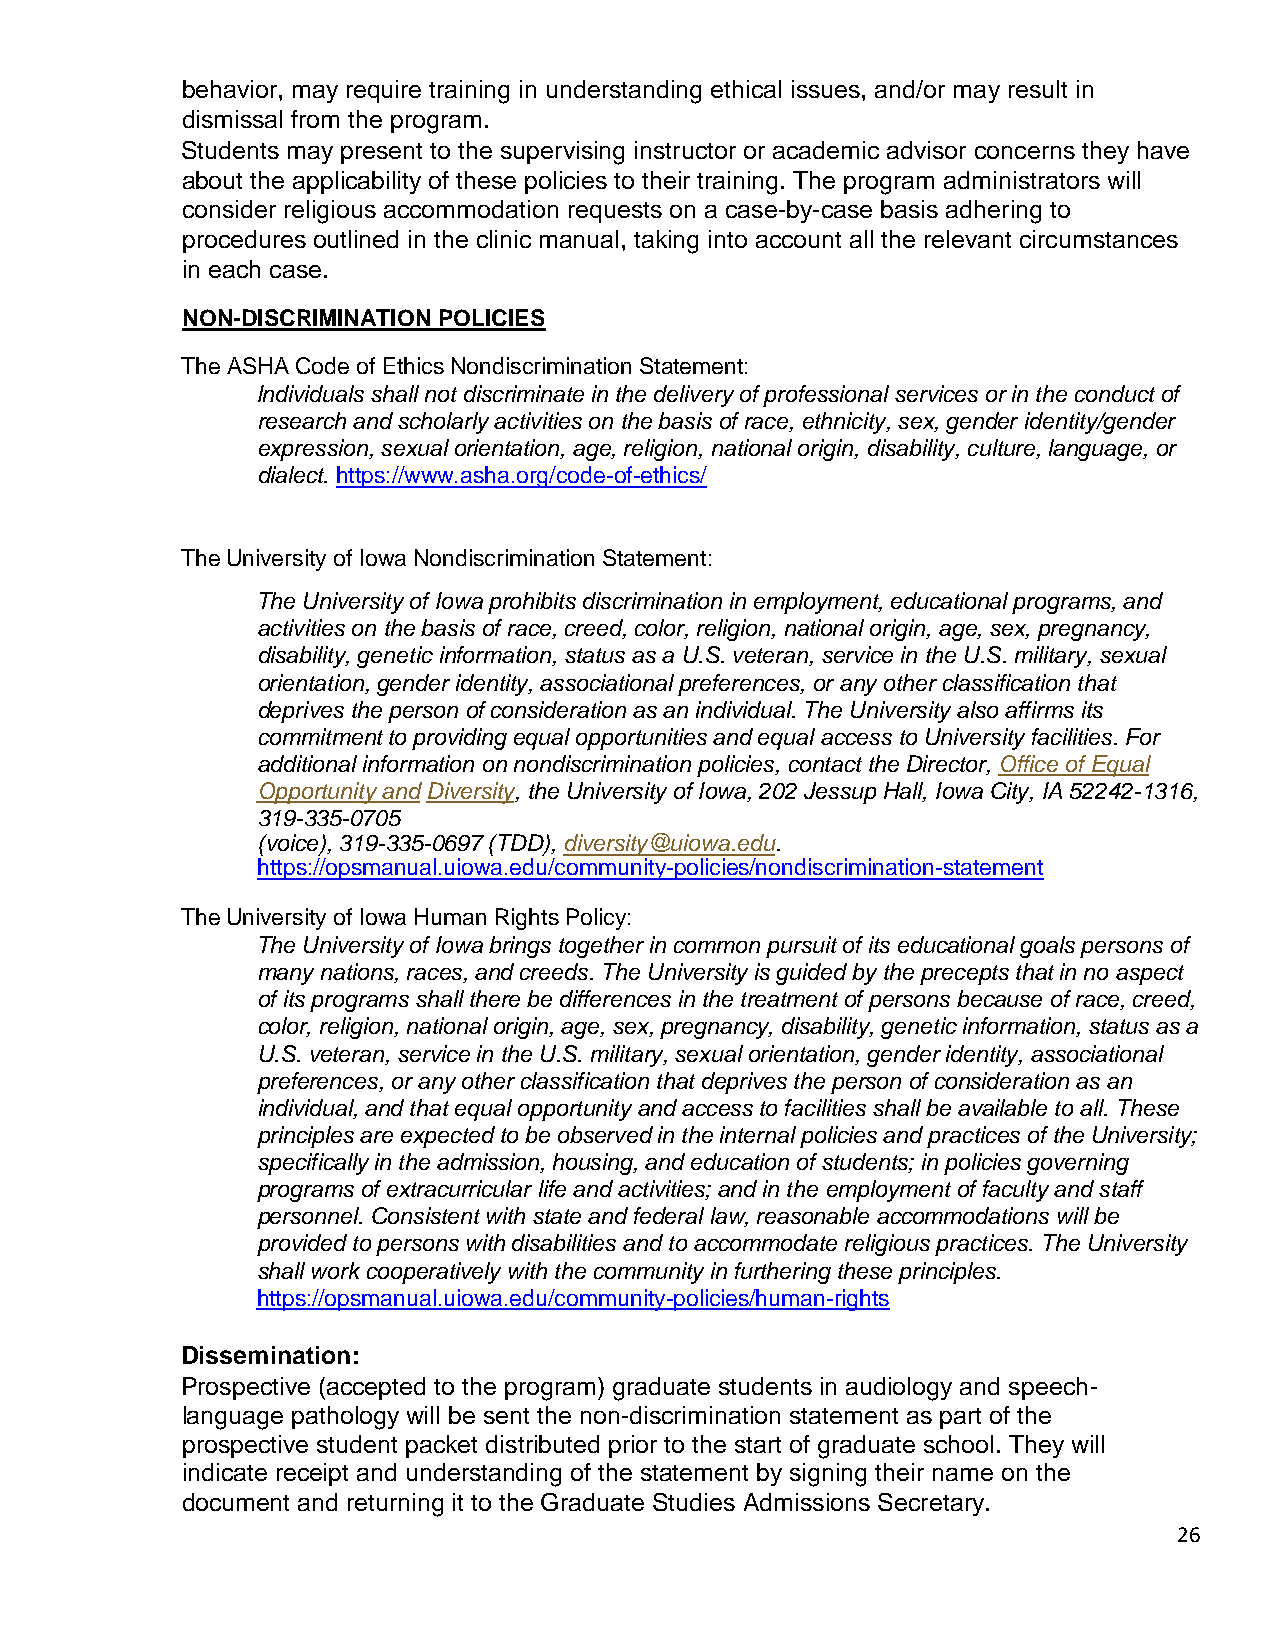
behavior, may require training in understanding ethical issues, and/or may result in
 dismissal from the program.
 Students may present to the supervising instructor or academic advisor concerns they have
 about the applicability of these policies to their training. The program administrators will
 consider religious accommodation requests on a case-by-case basis adhering to
 procedures outlined in the clinic manual, taking into account all the relevant circumstances
 in each case.
 NON-DISCRIMINATION POLICIES
 The ASHA Code of Ethics Nondiscrimination Statement:
 Individuals shall not discriminate in the delivery of professional services or in the conduct of
 research and scholarly activities on the basis of race, ethnicity, sex, gender identity/gender
 expression, sexual orientation, age, religion, national origin, disability, culture, language, or
 dialect. https://www.asha.org/code-of-ethics/
 The University of Iowa Nondiscrimination Statement:
 The University of Iowa prohibits discrimination in employment, educational programs, and
 activities on the basis of race, creed, color, religion, national origin, age, sex, pregnancy,
 disability, genetic information, status as a U.S. veteran, service in the U.S. military, sexual
 orientation, gender identity, associational preferences, or any other classification that
 deprives the person of consideration as an individual. The University also affirms its
 commitment to providing equal opportunities and equal access to University facilities. For
 additional information on nondiscrimination policies, contact the Director, Office of Equal
 Opportunity and Diversity, the University of Iowa, 202 Jessup Hall, Iowa City, IA 52242-1316,
 319-335-0705
 (voice), 319-335-0697 (TDD), diversity@uiowa.edu.
 https://opsmanual.uiowa.edu/community-policies/nondiscrimination-statement
 The University of Iowa Human Rights Policy:
 The University of Iowa brings together in common pursuit of its educational goals persons of
 many nations, races, and creeds. The University is guided by the precepts that in no aspect
 of its programs shall there be differences in the treatment of persons because of race, creed,
 color, religion, national origin, age, sex, pregnancy, disability, genetic information, status as a
 U.S. veteran, service in the U.S. military, sexual orientation, gender identity, associational
 preferences, or any other classification that deprives the person of consideration as an
 individual, and that equal opportunity and access to facilities shall be available to all. These
 principles are expected to be observed in the internal policies and practices of the University;
 specifically in the admission, housing, and education of students; in policies governing
 programs of extracurricular life and activities; and in the employment of faculty and staff
 personnel. Consistent with state and federal law, reasonable accommodations will be
 provided to persons with disabilities and to accommodate religious practices. The University
 shall work cooperatively with the community in furthering these principles.
 https://opsmanual.uiowa.edu/community-policies/human-rights
 Dissemination:
 Prospective (accepted to the program) graduate students in audiology and speech-
 language pathology will be sent the non-discrimination statement as part of the
 prospective student packet distributed prior to the start of graduate school. They will
 indicate receipt and understanding of the statement by signing their name on the
 document and returning it to the Graduate Studies Admissions Secretary.
 26